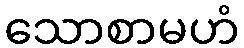
သောစာမဟံ